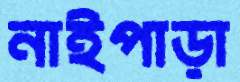
নাইপাড়া